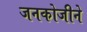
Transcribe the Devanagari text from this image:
जनकोजीने